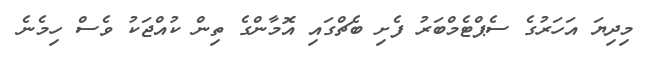
މިދިޔަ އަހަރުގެ ސެޕްޓެމްބަރު ފެށި ބެޗްގައި އޮމާންގެ ތިން ކުއްޖަކު ވެސް ހިމެނެ